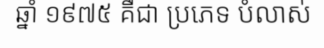
ឆ្នាំ ១៩៧៥ គឺជា ប្រភេទ បំលាស់